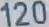
120